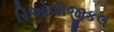
રિઓલોજીકલ